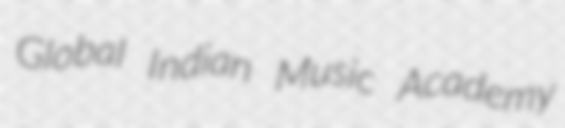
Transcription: Global Indian Music Academy